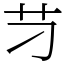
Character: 䒒